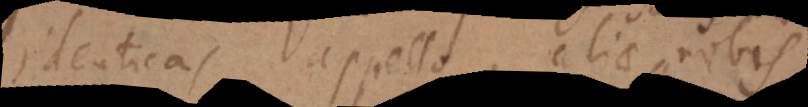
denticas appello, aliae nobis